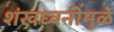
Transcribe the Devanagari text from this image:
शंखध्वनींमुळे